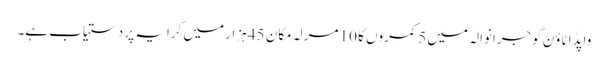
واپڈا ٹاؤن گوجرانوالہ میں 5 کمروں کا 10 مرلہ مکان 45 ہزار میں کرایہ پر دستیاب ہے۔